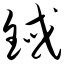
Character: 铽